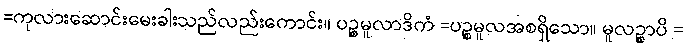
=ကုလားဆောင်းမေးခါးသည်လည်းကောင်း။ ပဉ္စမူလာဒိကံ =ပဉ္စမူလအစရှိသော။ မူလဉ္စာပိ =